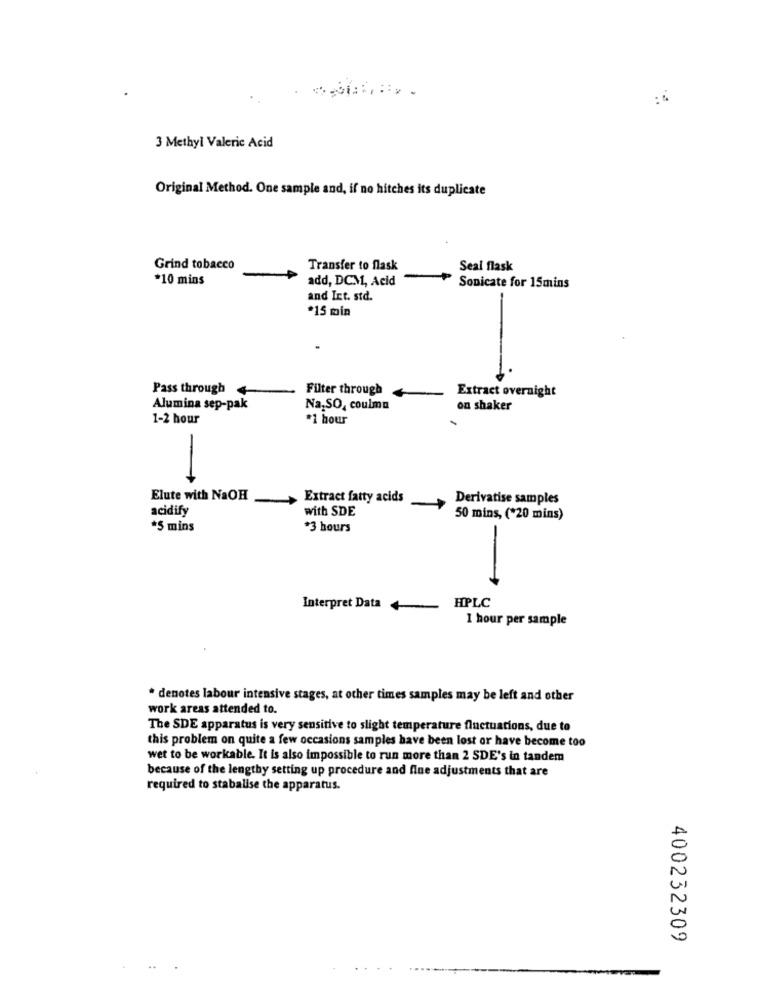
3 Methyl Valeric Acid
Original Method. One sample and, if no hitches its duplicate
Grind tobacco
Transfer to flask
Seal flask
*10 mins
add, DCM, Acid
Sonicate for 15mins
and Int. std.
*15 min
Pass through 4
Filter through
Extract overnight
Alumina sep-pak
Na.SO, coulma
on shaker
1-2 hour
*1 hour
-
Elute with NaOH
Extract fatty acids
Derivatise samples
acidify
with SDE
50 mins, (*20 mins)
*5 mins
*3 hours
-
HPLC
Interpret Data
1 hour per sample
* denotes labour intensive stages, at other times samples may be left and other
work areas attended to.
The SDE apparatus is very sensitive to slight temperature fluctuations, due to
this problem on quite a few occasions samples have been lost or have become too
wet to be workable. It is also impossible to run more than 2 SDE's in tandem
because of the lengthy setting up procedure and fine adjustments that are
required to stabalise the apparatus.
400232309